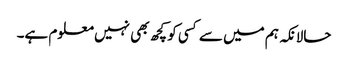
حالانکہ ہم میں سے کسی کو کچھ بھی نہیں معلوم ہے۔